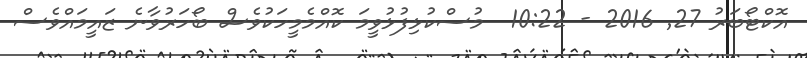
އޮކްޓޯބަރު 27